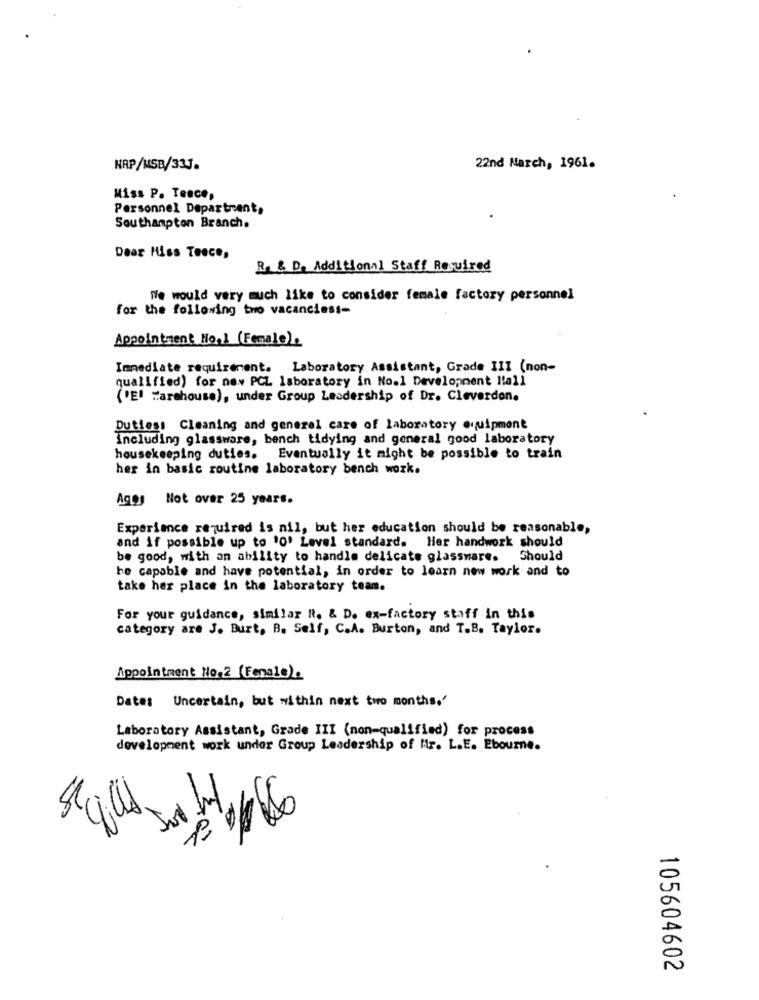
KRP/MSB/33J.
22nd March, 1961.
Miss P. Teace,
Personnel Department,
Southampton Branch.
Dear Hiss Teece,
R. & D. Additional Staff Required
We would very much like to consider female factory personnel
for the following tro vacanciess-
Appointment Ho.1 (Female).
Immediate requirement. Laboratory Assistant, Grade III (non-
qualified) for now PCL laboratory in No.1 Development Hall
('El "arehouse), under Group Leadership of Dr. Cleverdon.
Duties: Cleaning and general care of laboratory equipment
Including glassware, bench tidying and general good laboratory
housekeeping duties. Eventually it might be possible to train
her in basic routine laboratory bench work.
Agos Not over 25 years.
Experience required is nil, but her education should be reasonable,
and if possible up to 'O' Level standard. Her handwork should
be good, with an ability to handle delicate glassware. Should
be capable and have potential, in order to learn new work and to
take her place in the laboratory team.
For your guidance, similar R. & D. ex-factory staff in this
category are J. Burt, B. Self, C.A. Burton, and T.B. Taylor.
Appointment No.2 (Fenale).
Date: Uncertain, but within next two months,'
Laboratory Assistant, Grade III (non-qualified) for process
development work under Group Leadership of Itr. L.E. Ebourne.
105604602